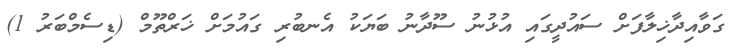
ގަވާއިދާޚިލާފަށް ސައުދީގައި އުޅުނު ސޫދާނު ބަޔަކު އެނބުރި ގައުމަށް ޚަރްތޫމް (ޑިސެމްބަރު 1)